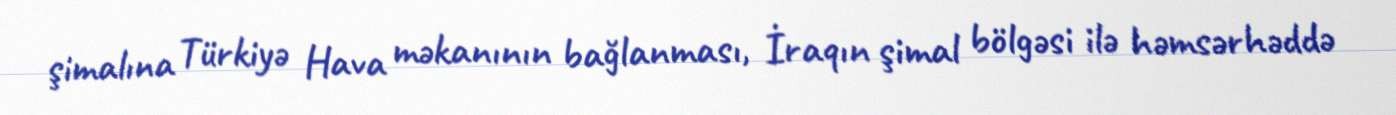
şimalına Türkiyə Hava məkanının bağlanması, İraqın şimal bölgəsi ilə həmsərhəddə